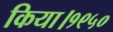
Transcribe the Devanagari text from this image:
किया।१९५०